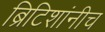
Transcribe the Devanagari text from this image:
ब्रिटिशांनीच